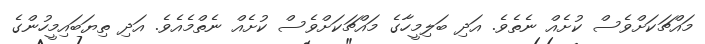
މައްޗަކަށްވެސް ކުށެއް ނެތެވެ. އަދި ބަލިމީހާގެ މައްޗަކަށްވެސް ކުށެއް ނެތްމެއެވެ. އަދި ތިޔަބައިމީހުންގެ